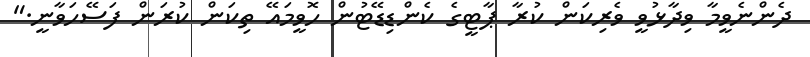
ދެންނެވީމާ ވިދާޅުވީ ވެރިކަން ކުރާ ޕާޓީގެ ކެންޑިޑޭޓުން ހޮވީމައޭ ތިކަން ކުރަން ފަސޭހަވާނީ."